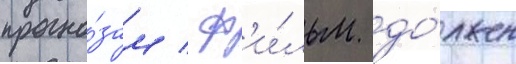
прогно́зам / ф'и́льм до́лжен